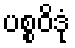
ပစ္စဝိဒုံ